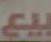
بيع